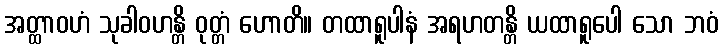
အတ္ထာဝဟံ သုခါဝဟန္တိ ဝုတ္တံ ဟောတိ။ တထာရူပါနံ အရဟတန္တိ ယထာရူပေါ သော ဘဝံ